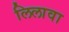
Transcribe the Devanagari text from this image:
लिलावा